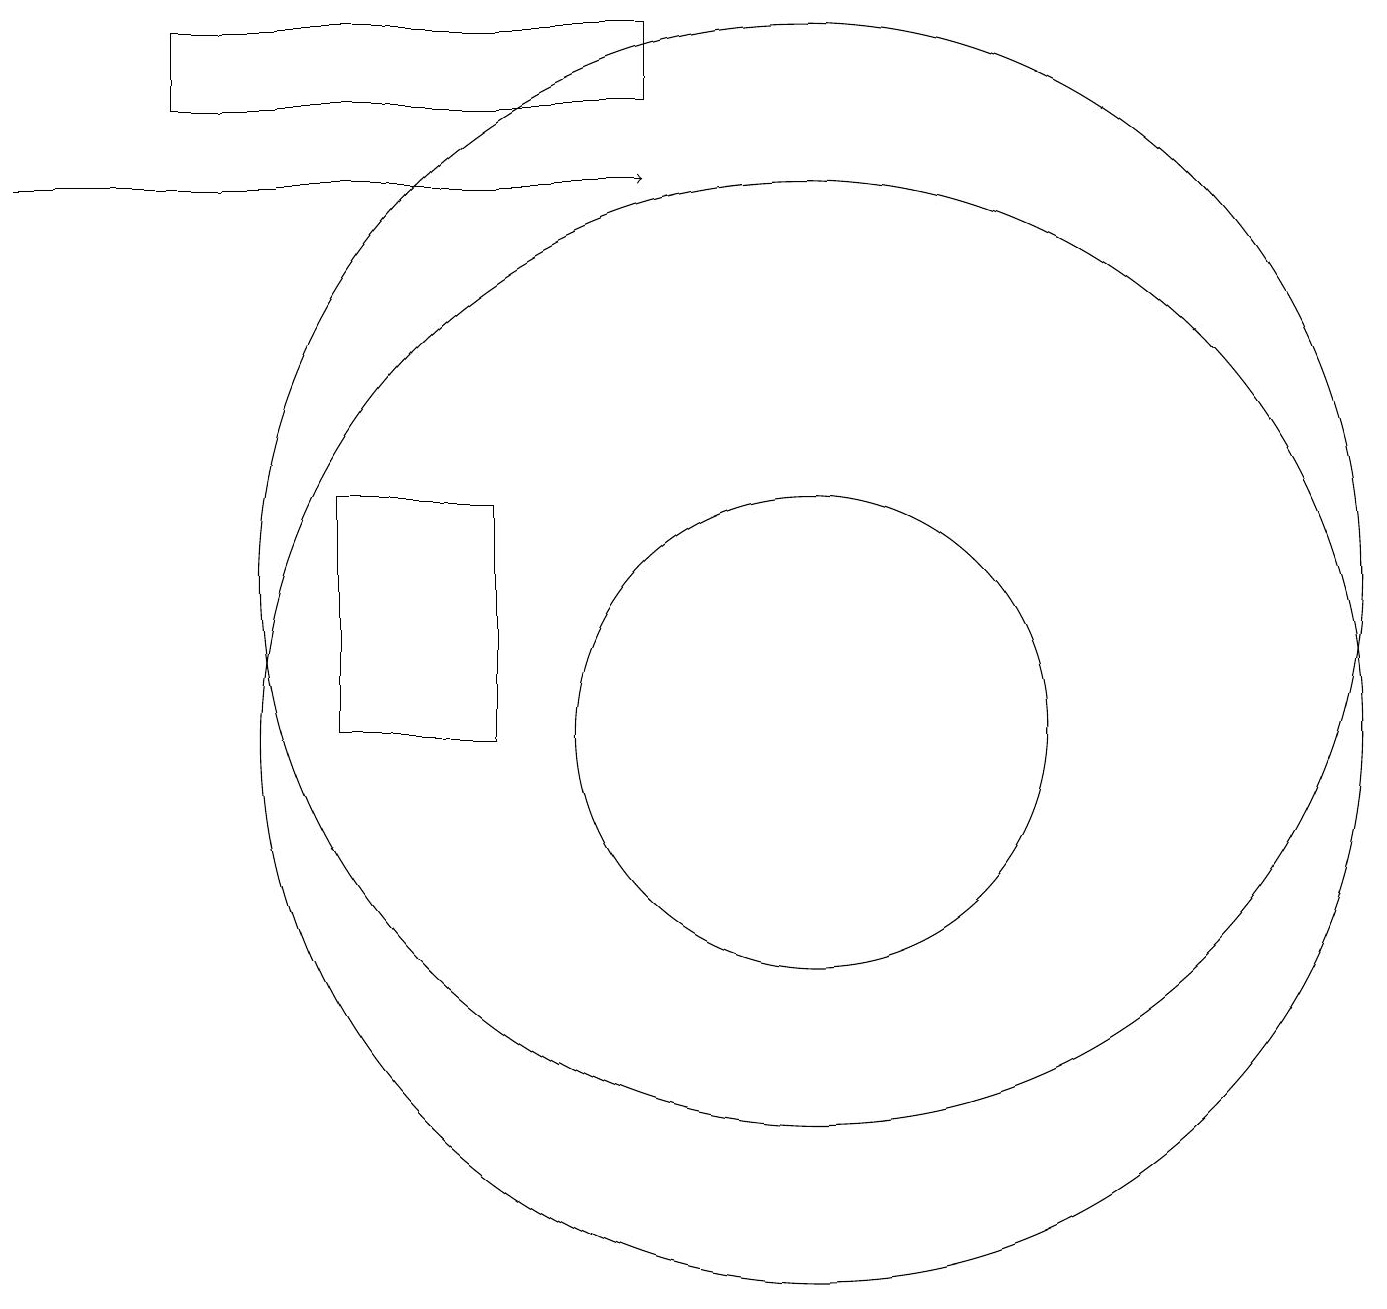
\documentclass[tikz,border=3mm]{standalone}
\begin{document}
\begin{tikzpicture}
\draw (10,10) circle (7);
\draw (6,10) rectangle (4,13);
\draw (2,19) rectangle (8,18);
\draw (10,12) circle (7);
\draw (10,10) circle (3);
\draw[->] (0,17) -- (8,17);
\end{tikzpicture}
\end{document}